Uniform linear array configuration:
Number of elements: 24
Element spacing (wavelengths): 0.75
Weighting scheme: blackman
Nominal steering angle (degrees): -15
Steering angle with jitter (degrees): -13.217
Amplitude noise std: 0.05
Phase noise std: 0.05

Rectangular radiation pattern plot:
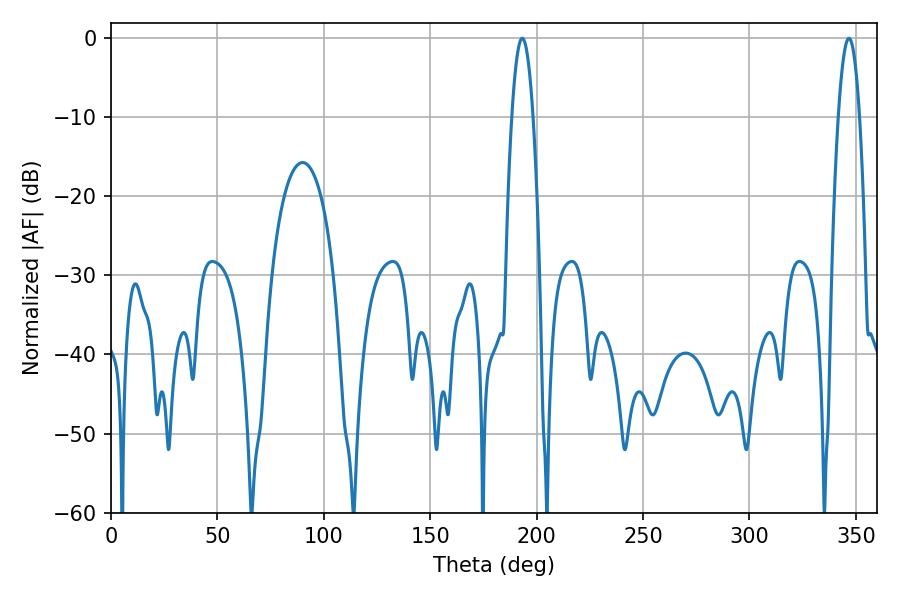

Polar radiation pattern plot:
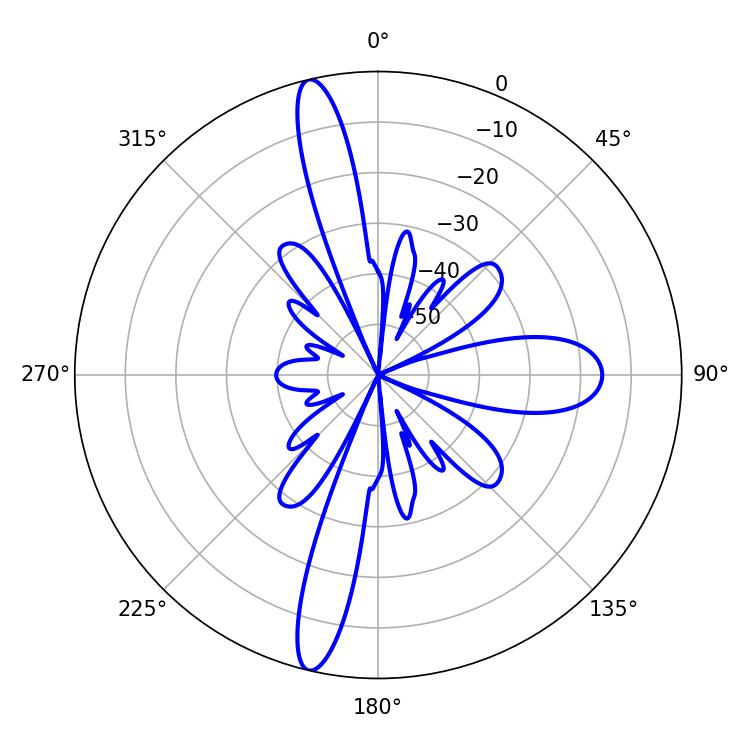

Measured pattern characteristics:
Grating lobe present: TRUE
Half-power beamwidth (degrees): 5.4
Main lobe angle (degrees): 193.32